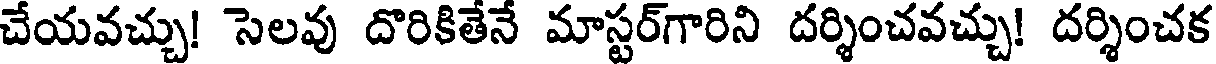
చేయవచ్చు! సెలవు దొరికితేనే మాస్టర్గారిని దర్శించవచ్చు! దర్శించక